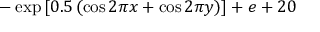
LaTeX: - \exp \left[ 0 . 5 \left( \cos 2 \pi x + \cos 2 \pi y \right) \right] + e + 2 0